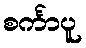
စင်္ကာပူ